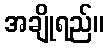
အချိုရည်။